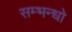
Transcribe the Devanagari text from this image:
सम्भन्धो